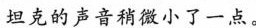
坦克的声音稍微小了一点。